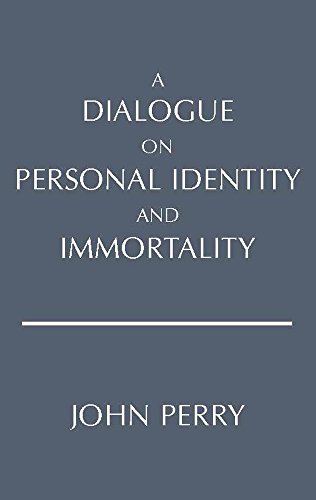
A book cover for A Dialogue on Personal Identity and Immortality (Hackett Philosophical Dialogues); John Perry; Politics & Social Sciences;